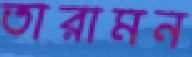
তারামন